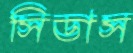
সিডাস